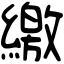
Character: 繳